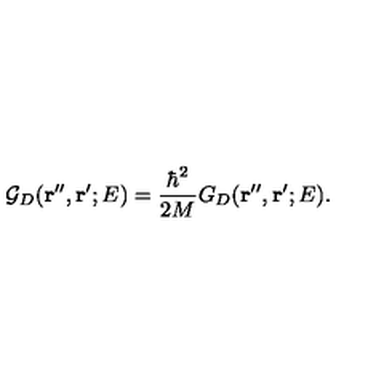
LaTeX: { \mathcal G } _ { D } ( { \bf r ^ { \prime \prime } } , { \bf r ^ { \prime } } ; E ) = \frac { \hbar ^ { 2 } } { 2 M } G _ { D } ( { \bf r ^ { \prime \prime } } , { \bf r ^ { \prime } } ; E ) .